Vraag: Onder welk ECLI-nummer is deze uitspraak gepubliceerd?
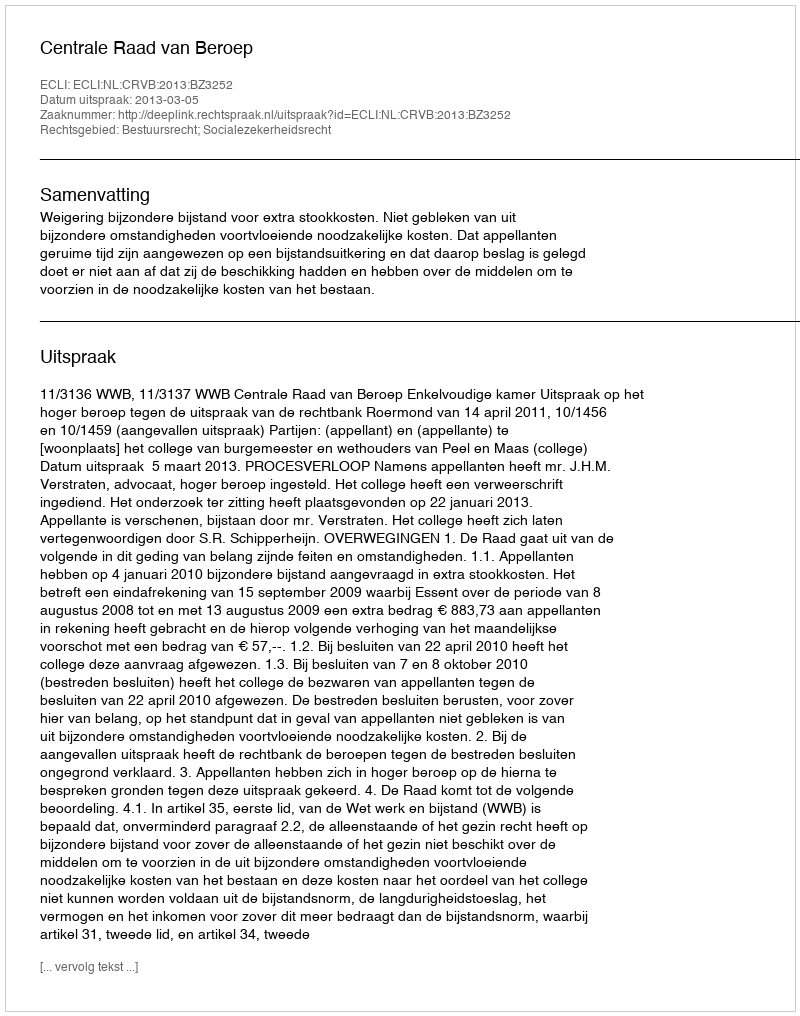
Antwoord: ECLI:NL:CRVB:2013:BZ3252